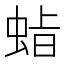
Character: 𮔍